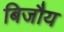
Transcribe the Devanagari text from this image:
बिजौय